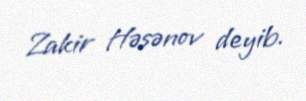
Zakir Həsənov deyib.